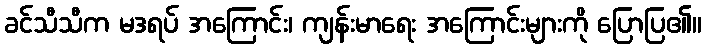
ခင်သီသီက မဒရပ် အကြောင်း၊ ကျန်းမာရေး အကြောင်းများကို ပြောပြ၏။